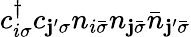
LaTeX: c_{i\sigma}^{\dagger}c_{\mathbf{j}^{\prime}\sigma}n_{i\bar{{\sigma}}}n_{\mathbf{j}\bar{{\sigma}}}\bar{{n}}_{\mathbf{j}^{\prime}\bar{{\sigma}}}